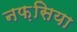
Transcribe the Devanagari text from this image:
नफ़सिया